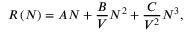
R \left( N \right) = A N + \frac { B } { V } N ^ { 2 } + \frac { C } { V ^ { 2 } } N ^ { 3 } ,